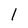
Character: 1